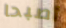
أصبحا